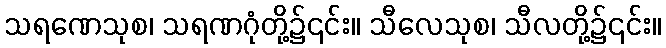
သရဏေသုစ၊ သရဏဂုံတို့၌၎င်း။ သီလေသုစ၊ သီလတို့၌၎င်း။